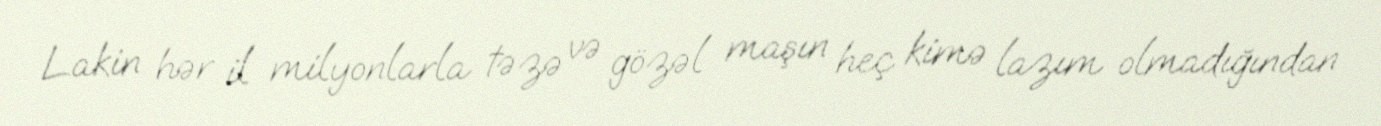
Lakin hər il milyonlarla təzə və gözəl maşın heç kimə lazım olmadığından